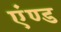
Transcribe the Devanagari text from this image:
एंण्ड